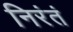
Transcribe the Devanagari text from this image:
निरंतं